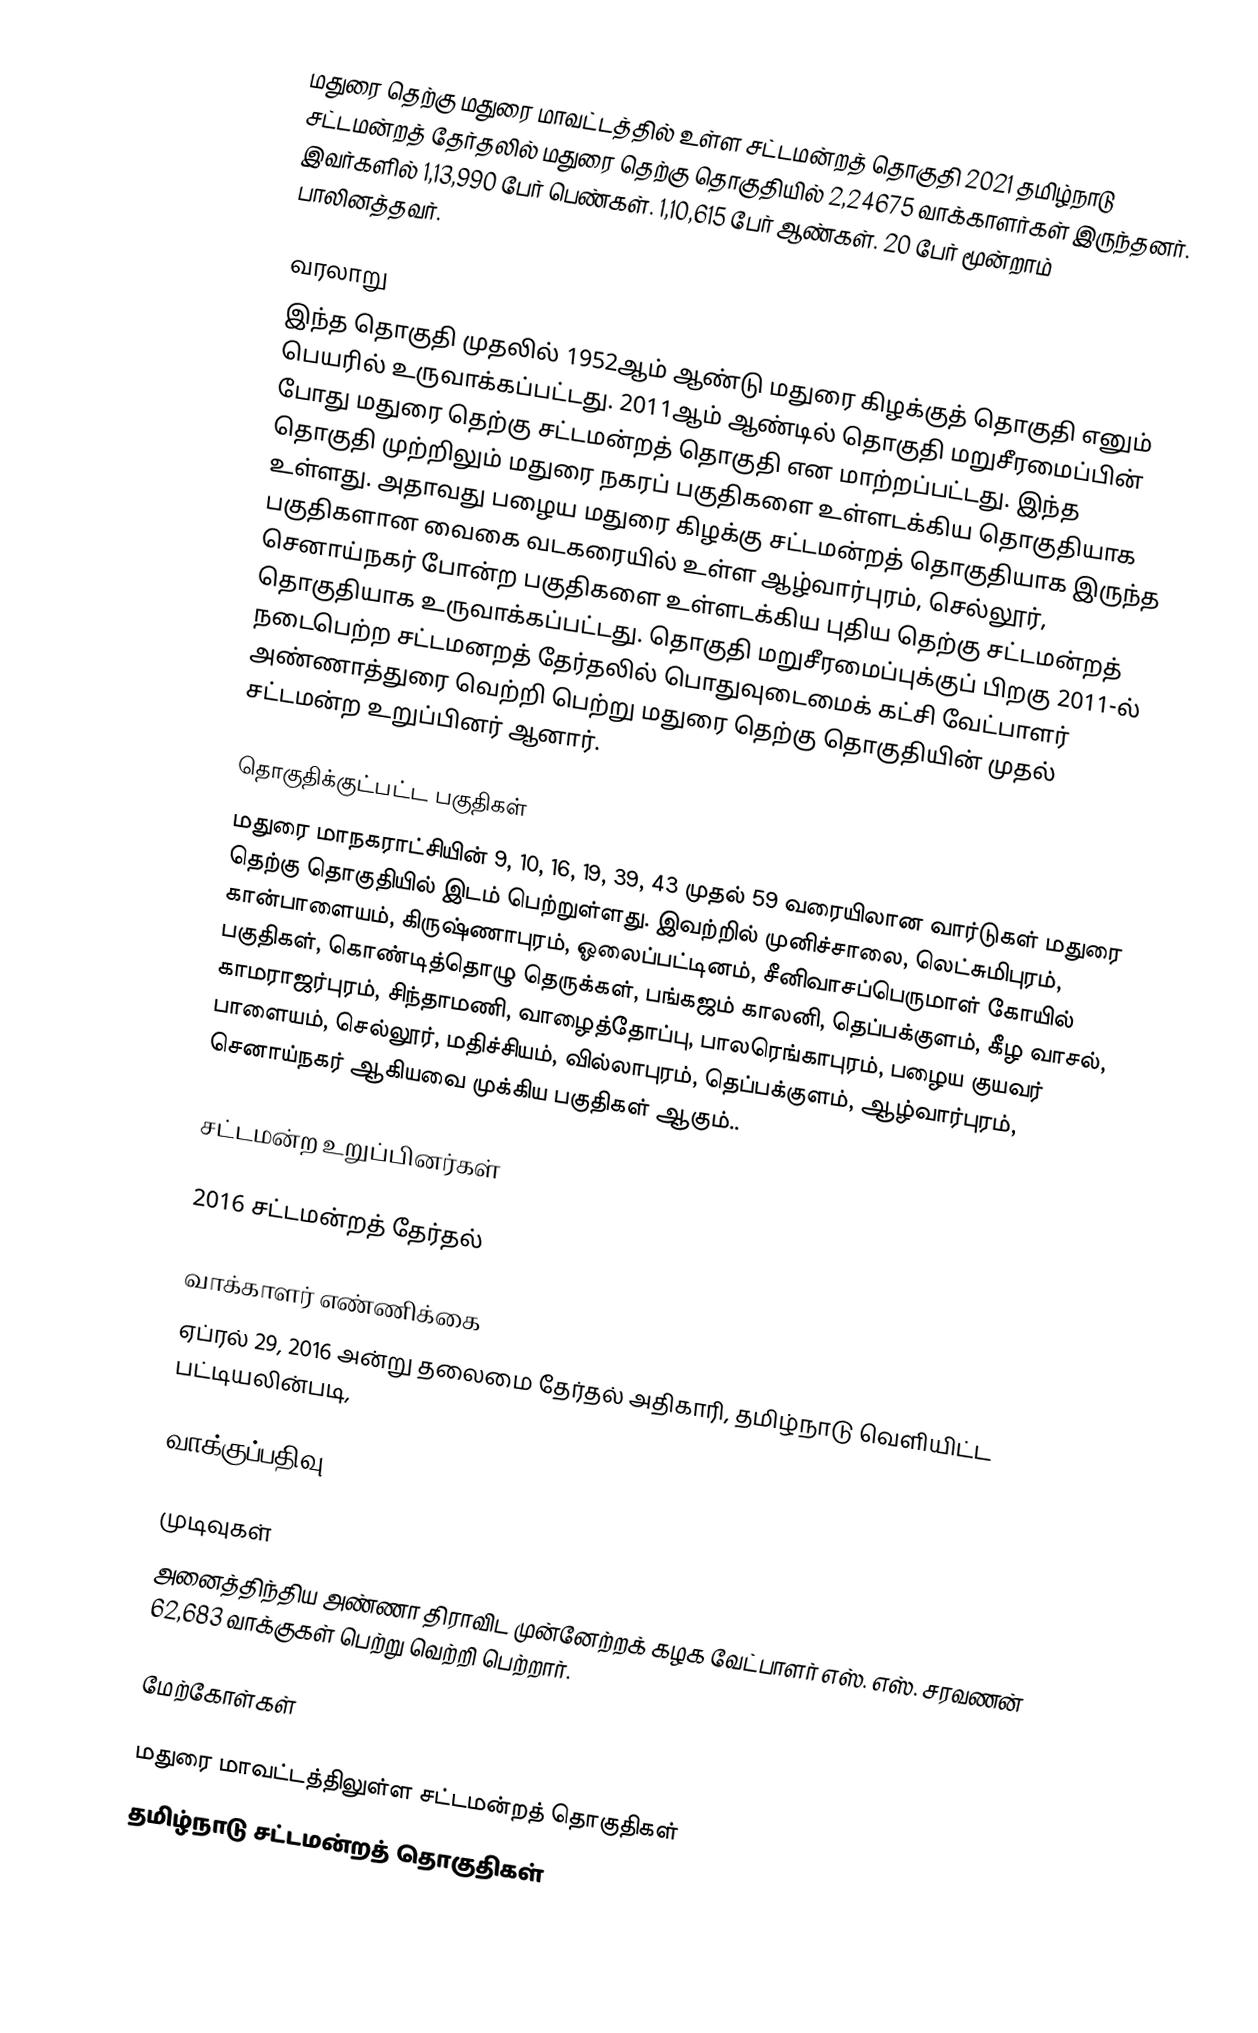
மதுரை தெற்கு மதுரை மாவட்டத்தில் உள்ள சட்டமன்றத்  தொகுதி 2021 தமிழ்நாடு சட்டமன்றத் தேர்தலில் மதுரை தெற்கு தொகுதியில் 2,24675 வாக்காளர்கள் இருந்தனர். இவர்களில் 1,13,990 பேர் பெண்கள். 1,10,615 பேர் ஆண்கள். 20 பேர் மூன்றாம் பாலினத்தவர்.

வரலாறு
இந்த தொகுதி முதலில் 1952ஆம் ஆண்டு மதுரை கிழக்குத் தொகுதி எனும் பெயரில் உருவாக்கப்பட்டது. 2011ஆம் ஆண்டில் தொகுதி மறுசீரமைப்பின் போது மதுரை தெற்கு சட்டமன்றத் தொகுதி என மாற்றப்பட்டது. இந்த தொகுதி முற்றிலும் மதுரை நகரப் பகுதிகளை உள்ளடக்கிய தொகுதியாக உள்ளது. அதாவது பழைய மதுரை கிழக்கு சட்டமன்றத் தொகுதியாக இருந்த பகுதிகளான வைகை வடகரையில் உள்ள ஆழ்வார்புரம், செல்லூர், செனாய்நகர் போன்ற பகுதிகளை உள்ளடக்கிய புதிய தெற்கு சட்டமன்றத் தொகுதியாக உருவாக்கப்பட்டது. தொகுதி மறுசீரமைப்புக்குப் பிறகு 2011-ல் நடைபெற்ற சட்டமனறத் தேர்தலில் பொதுவுடைமைக் கட்சி வேட்பாளர் அண்ணாத்துரை வெற்றி பெற்று மதுரை தெற்கு தொகுதியின் முதல் சட்டமன்ற உறுப்பினர் ஆனார்.

தொகுதிக்குட்பட்ட பகுதிகள்
மதுரை மாநகராட்சியின் 9, 10, 16, 19, 39, 43 முதல் 59 வரையிலான வார்டுகள் மதுரை தெற்கு தொகுதியில் இடம் பெற்றுள்ளது. இவற்றில் முனிச்சாலை, லெட்சுமிபுரம், கான்பாளையம், கிருஷ்ணாபுரம், ஓலைப்பட்டினம், சீனிவாசப்பெருமாள் கோயில் பகுதிகள், கொண்டித்தொழு தெருக்கள், பங்கஜம் காலனி, தெப்பக்குளம், கீழ வாசல், காமராஜர்புரம், சிந்தாமணி, வாழைத்தோப்பு, பாலரெங்காபுரம், பழைய குயவர் பாளையம், செல்லூர், மதிச்சியம், வில்லாபுரம், தெப்பக்குளம், ஆழ்வார்புரம், செனாய்நகர் ஆகியவை முக்கிய பகுதிகள் ஆகும்..

சட்டமன்ற உறுப்பினர்கள்

2016 சட்டமன்றத் தேர்தல்

வாக்காளர் எண்ணிக்கை
ஏப்ரல் 29, 2016 அன்று தலைமை தேர்தல் அதிகாரி, தமிழ்நாடு வெளியிட்ட பட்டியலின்படி,

வாக்குப்பதிவு

முடிவுகள்
அனைத்திந்திய அண்ணா திராவிட முன்னேற்றக் கழக வேட்பாளர் எஸ். எஸ். சரவணன் 62,683 வாக்குகள் பெற்று வெற்றி பெற்றார்.

மேற்கோள்கள்

மதுரை மாவட்டத்திலுள்ள சட்டமன்றத் தொகுதிகள்
தமிழ்நாடு சட்டமன்றத் தொகுதிகள்